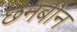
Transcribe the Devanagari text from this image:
छनबीन